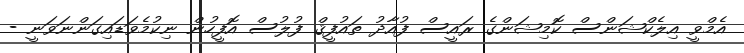
އެމްވީ އިލެކްޝަންސް ކޮމިޝަންގެ ރައީސް ފުއާދު ތައުފީޤް ފުލުސް އޮފީހުން ނިކުމެވަޑައިގަންނަވަނީ -